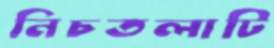
নিচতলাটি